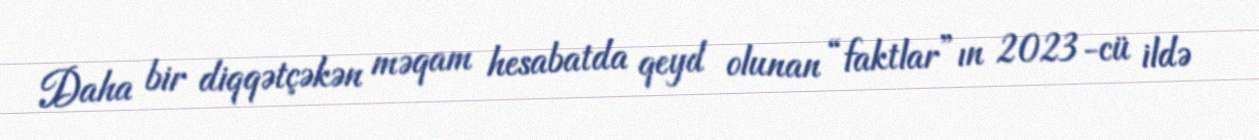
Daha bir diqqətçəkən məqam hesabatda qeyd olunan “faktlar”ın 2023-cü ildə